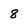
Character: 8